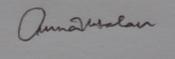
Signature authenticity: genuine